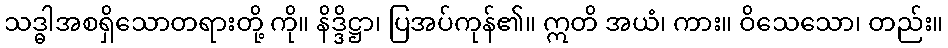
သဒ္ဓါအစရှိသောတရားတို့ ကို။ နိဒ္ဒိဋ္ဌာ၊ ပြအပ်ကုန်၏။ ဣတိ အယံ၊ ကား။ ဝိသေသော၊ တည်း။